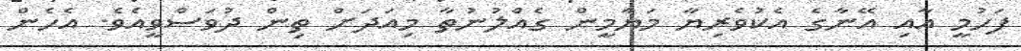
ފަހުމީ އާއި އޭނާގެ އެކުވެރިޔާ މަޔާމީން ގެއްލުނުތާ މިއަދަށް ތިން ދުވަސްވީއެވެ. އެހެން